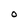
Character: O